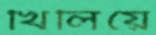
খিলিয়ে